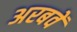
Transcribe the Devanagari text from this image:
अरबवें